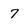
Character: 7